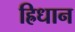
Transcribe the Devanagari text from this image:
ह्रिधान